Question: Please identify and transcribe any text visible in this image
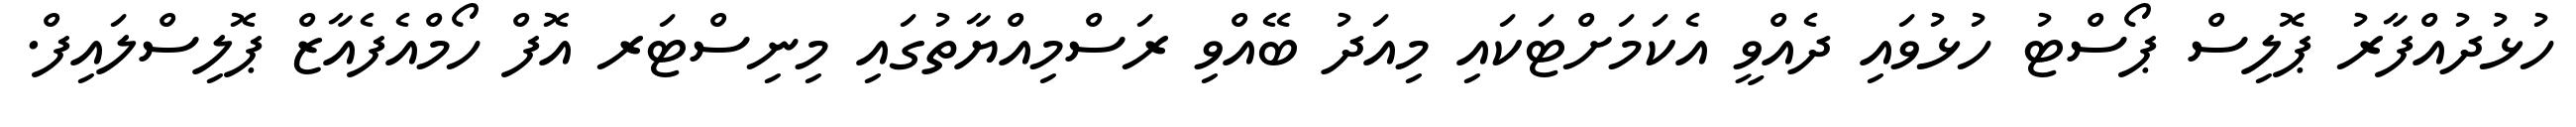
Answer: ހުޅުދުއްފާރު ޕޮލިސް ޕޯސްޓު ހުޅުވައި ދެއްވީ އެކަމަށްޓަކައި މިއަދު ބޭއްވި ރަސްމިއްޔާތުގައި މިނިސްޓަރ އޮފް ހޯމްއެފެއާޒް ޕޮލިސްލައިފް.